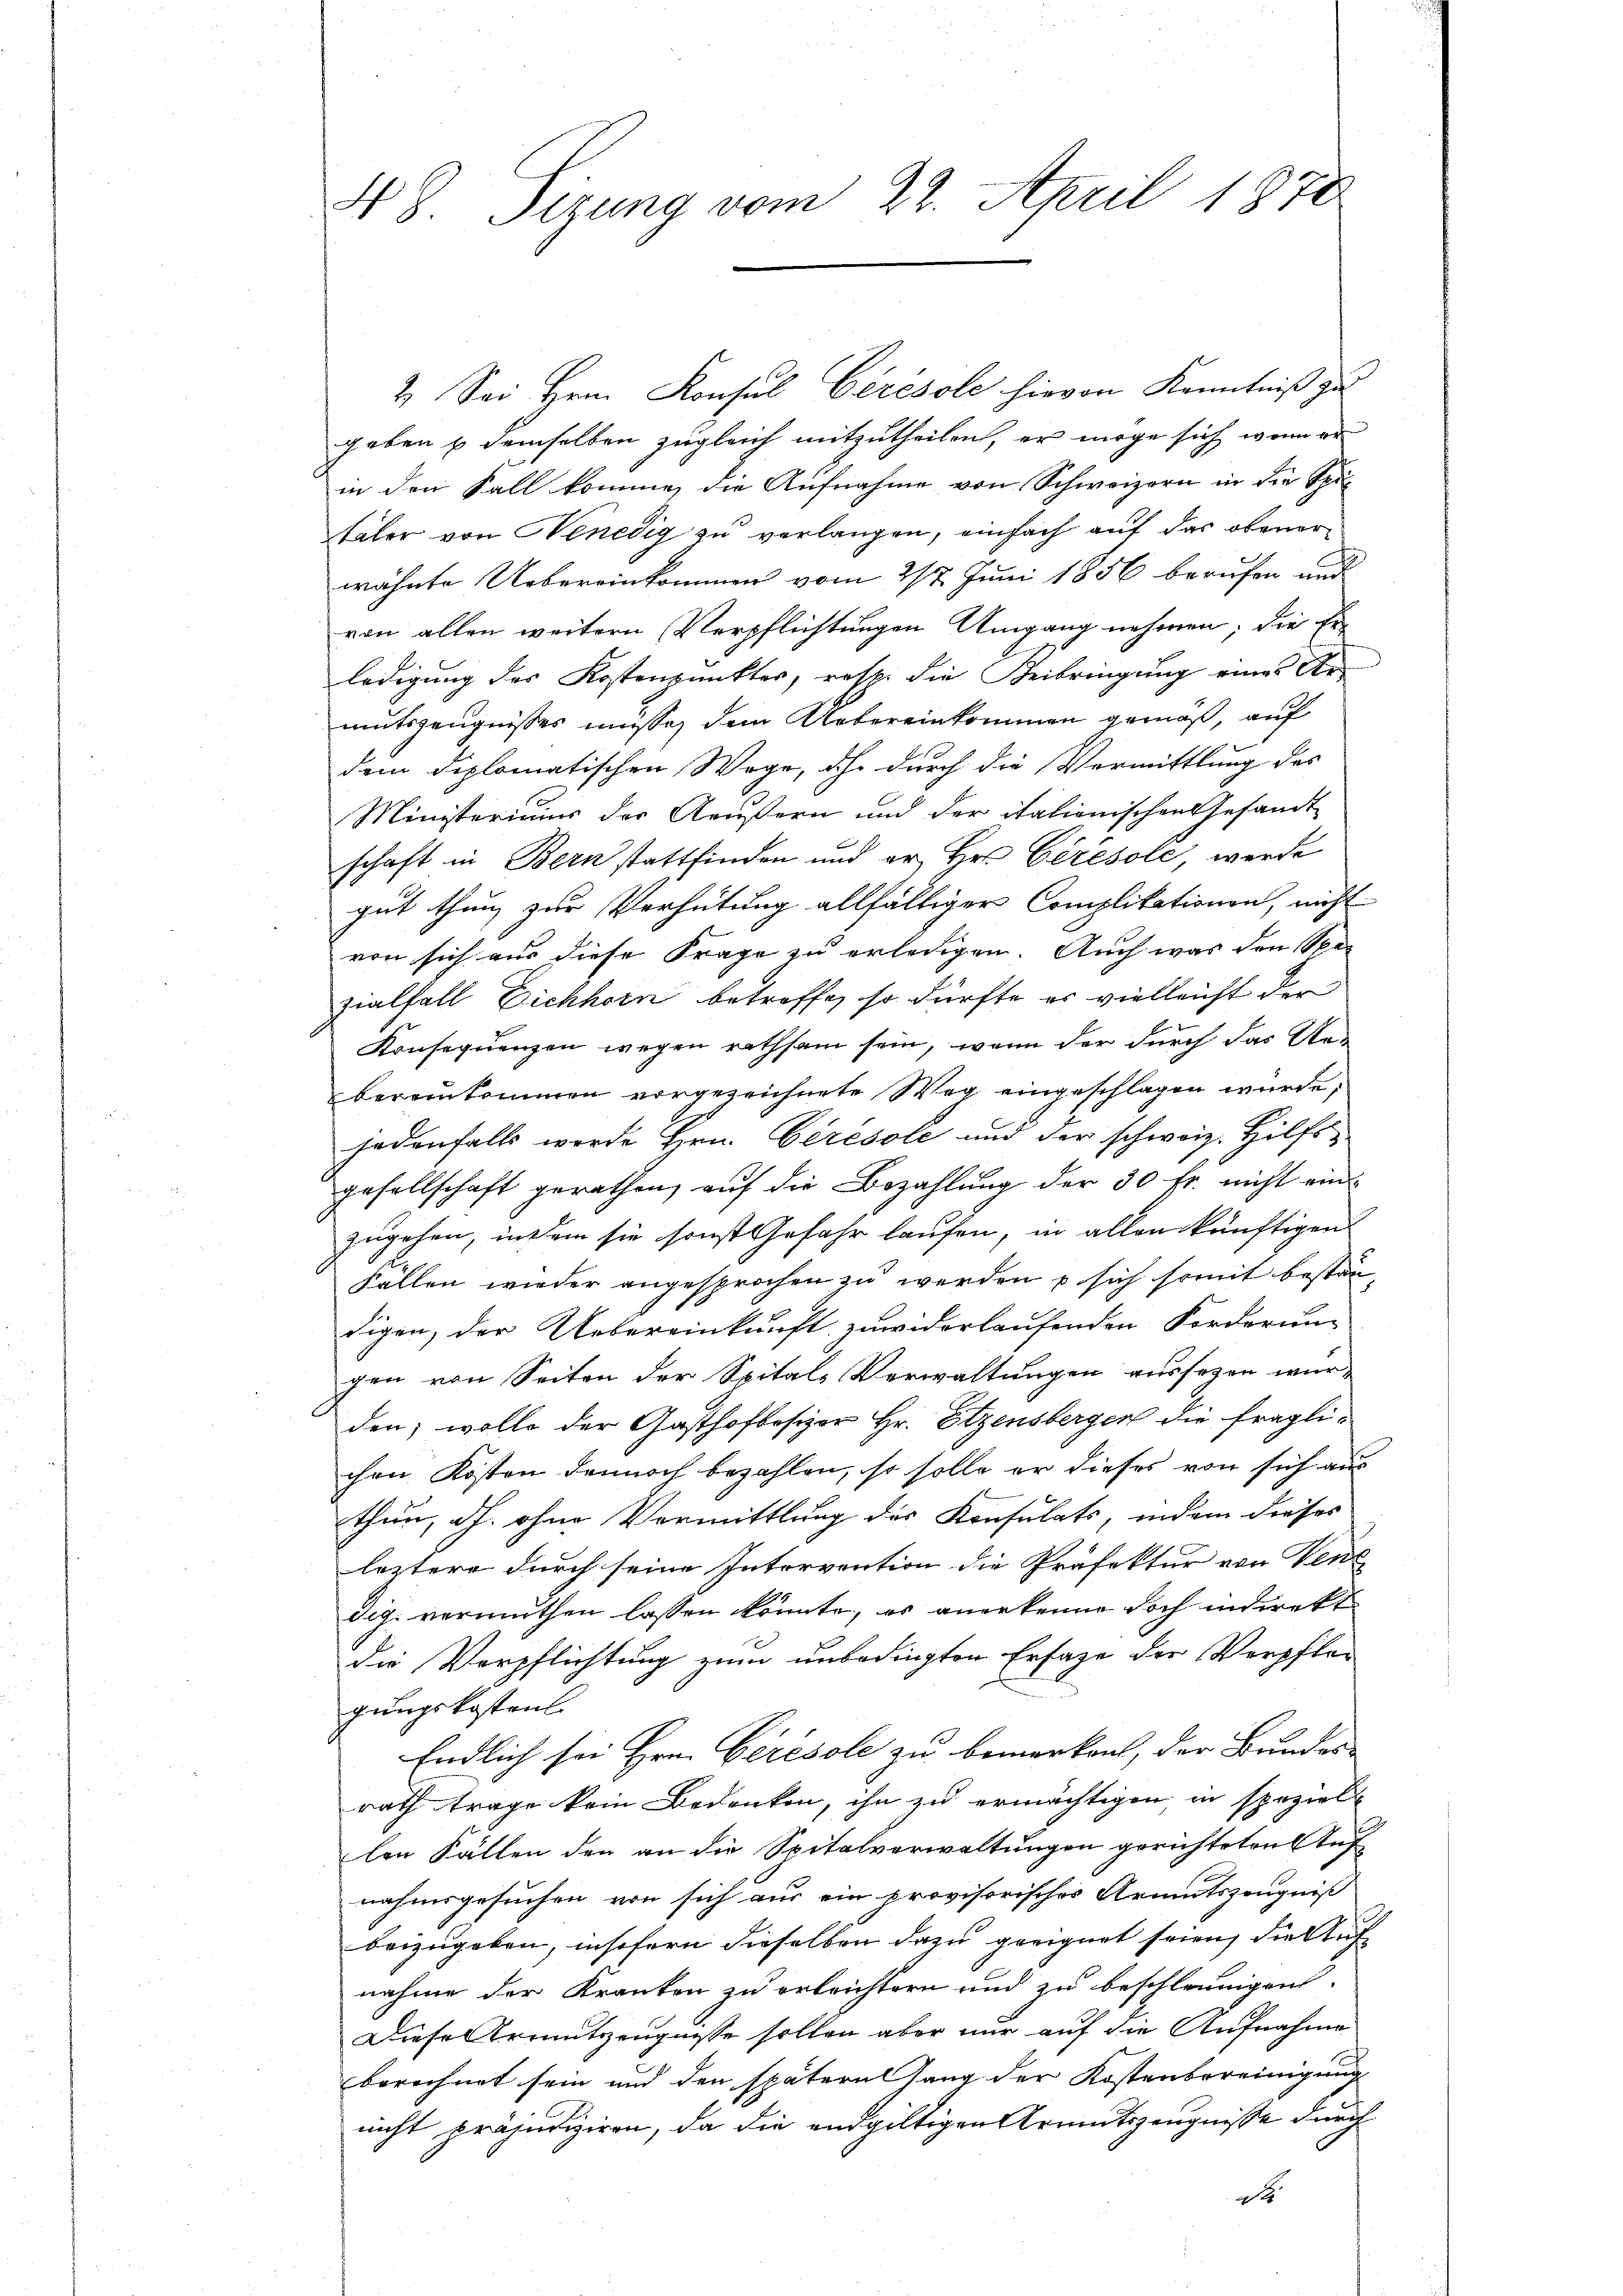
48 Sizung vom 22. April 1878

2. Sei Hrn. Konsul Cérésole hievon Kenntniß zu
geben & demselben zugleich mitzutheilen, er möge sich wenn er
in den Fall komme, die Aufnahme von Schweizern in die Spitäler von Henedig zu verlangen, einfach auf das obenerwähnte Uebereinkommen vom 217. Juni 1856 berufen und
von allen weitern Verpflichtungen Umgang nehmen; die Er-
ledigung des Kostenpunkter, resp. die Beibringung eines Ar-
mutszeugnisses müsse, dem Uebereinkommen gemäß, auf
dem diplomatischen Woge, ihr durch die Vermittlung des
Ministeriums der Aeußern und der italienischen Gesandt
schaft in Bern stattfinden und er, Hr. Ceresole, werde
gut thun, zur Verhütung allfälliger Complikationen, nicht
von sich aus diese Frage zu erledigen. Auch was den Span
zialfall Dichhorn betreffe, so dürfte es vielleicht der
Konsequenzen wegen rathsam sein, wenn der durch das Uebereinkommen vorgezeichnete Weg eingeschlagen wurde;
jedenfalls werde Hrn. Ceresole und der schweiz. Hilfsgesellschaft gerathen, auf die Bezahlung der 30 fr. nicht ein
zugehen, indem sie sonst Gefahr laufen, in allen künftigen
Fallen wieder angesprochen zu werden p. sich somit beständigen, der Uebereinkunft zuwiderlaufenden Forderung
gen von Seiten der Spital-Verwaltungen aussezen wur-
den; wolle der Gasthofbesizer Hr. Elzensbergen die fragli-
chen Kosten dennoch bezahlen, so solle er dieses von sich aus
thun, dh. ohne Vermittlung des Konsulats, indem dieses |
leztere durch seine Intervention die Präfektur von Vene
dig. vermuthen lassen könnte, es anerkenne doch indirekt
die Verpflichtung zum unbedingten Ersage der Verpflar-
gungskostent.
Endlich sei Hrn. Gerésole zu bemerken, der Bundes-
rath trage kein Bedenken, ihn zu ermächtigen, in speziell
len Fällen den an die Spitalverwaltungen gerichteten Auf
nahmsgesuchen, von sich aus ein provisorisches Armutszeugniß
beizugeben, insofern dieselben dazu geeignet seien, die Auf- |
nahme der Kranken zu erleichtern und zu beschleunigen.
Diese Greutzeugnisse sollen aber nur auf die Aufnahme
berechnet sein und den spätern lang der Kostenbereinigung
nicht präjudiziren, da die endgültigen Armutszeugnisse durch
dt